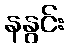
နနွင်း